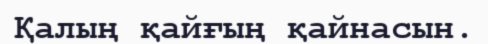
Қалың қайғың қайнасын.